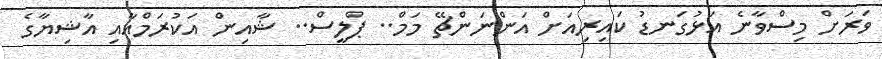
ވަރަށް މިސްވާނެ އަޅުގަނޑު ކައިރިއަށް އަންނަންޗޭ މަމް.. ޕްލީސް.. ޝާއިން އަކުރަމްއާއި އާޝިޔާގެ